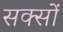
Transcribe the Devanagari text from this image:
सक्सों